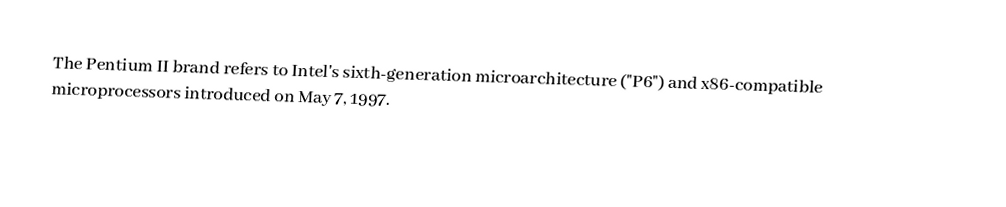
The Pentium II brand refers to Intel's sixth-generation microarchitecture ("P6") and x86-compatible microprocessors introduced on May 7, 1997.